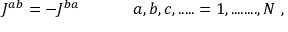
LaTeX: J ^ { a b } = - J ^ { b a } \ \ \ \ \ \ \ \ \ \ a , b , c , . . . . . = 1 , . . . . . . . . , N \ ,